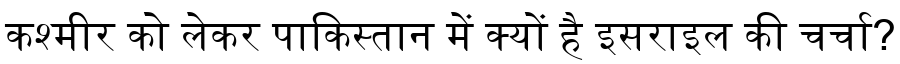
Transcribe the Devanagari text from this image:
कश्मीर को लेकर पाकिस्तान में क्यों है इसराइल की चर्चा?